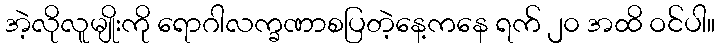
အဲ့လိုလူမျိုးကို ရောဂါလက္ခဏာစပြတဲ့နေ့ကနေ ရက် ၂၀ အထိ ဝင်ပါ။